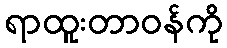
ရာထူးတာဝန်ကို